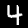
Label: 4